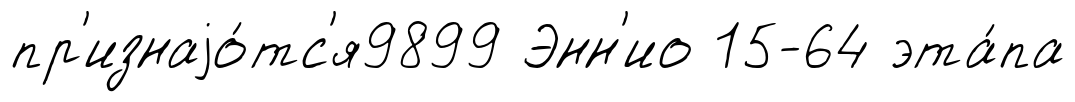
пр'изнаjо́тс'я9899 Энн'ио 15-64 эта́па